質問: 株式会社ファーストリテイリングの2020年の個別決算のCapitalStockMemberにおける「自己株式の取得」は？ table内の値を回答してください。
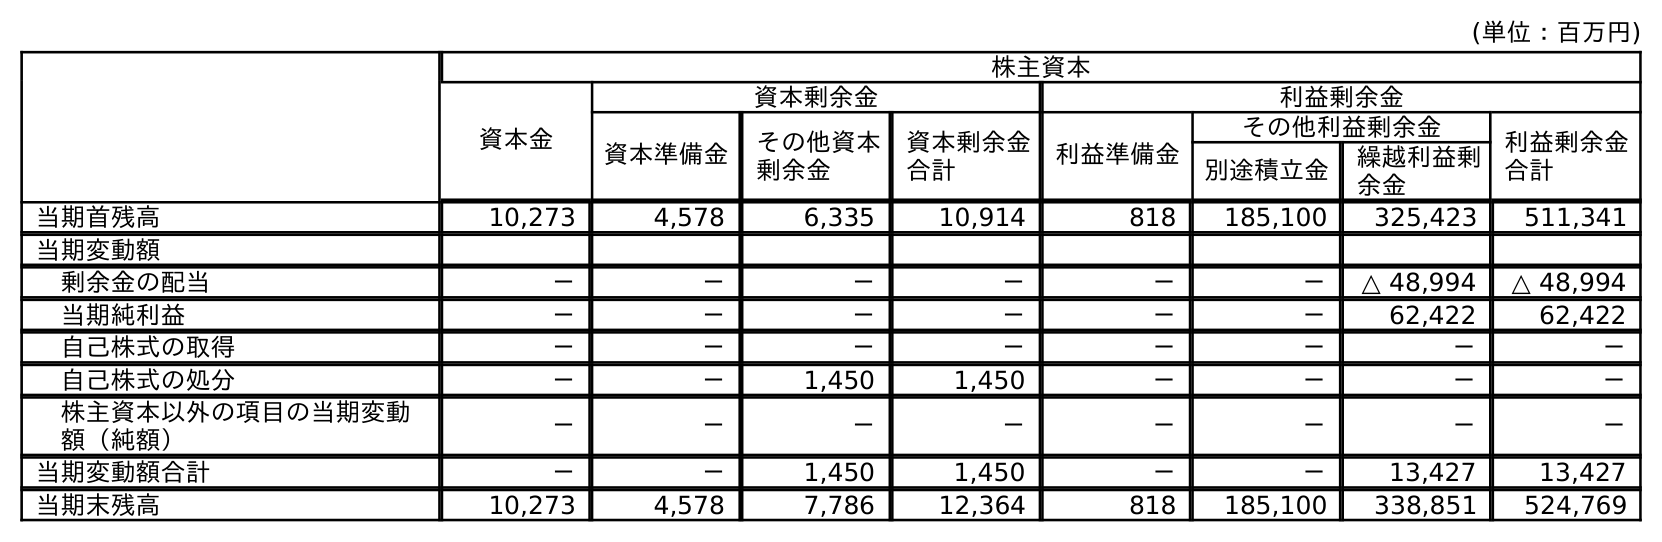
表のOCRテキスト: (単位：百万円) 株主資本 資本金 資本剰余金 利益剰余金 資本準備金 その他資本 剰余金 資本剰余金 合計 利益準備金 その他利益剰余金 利益剰余金 合計 別途積立金 繰越利益剰 余金 当期首残高 10,273 4,578 6,335 10,914 818 185,100 325,423 511,341 当期変動額 剰余金の配当 － － － － － － △ 48,994 △ 48,994 当期純利益 － － － － － － 62,422 62,422 自己株式の取得 － － － － － － － － 自己株式の処分 － － 1,450 1,450 － － － － 株主資本以外の項目の当期変動 額（純額） － － － － － － － － 当期変動額合計 － － 1,450 1,450 － － 13,427 13,427 当期末残高 10,273 4,578 7,786 12,364 818 185,100 338,851 524,769
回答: －